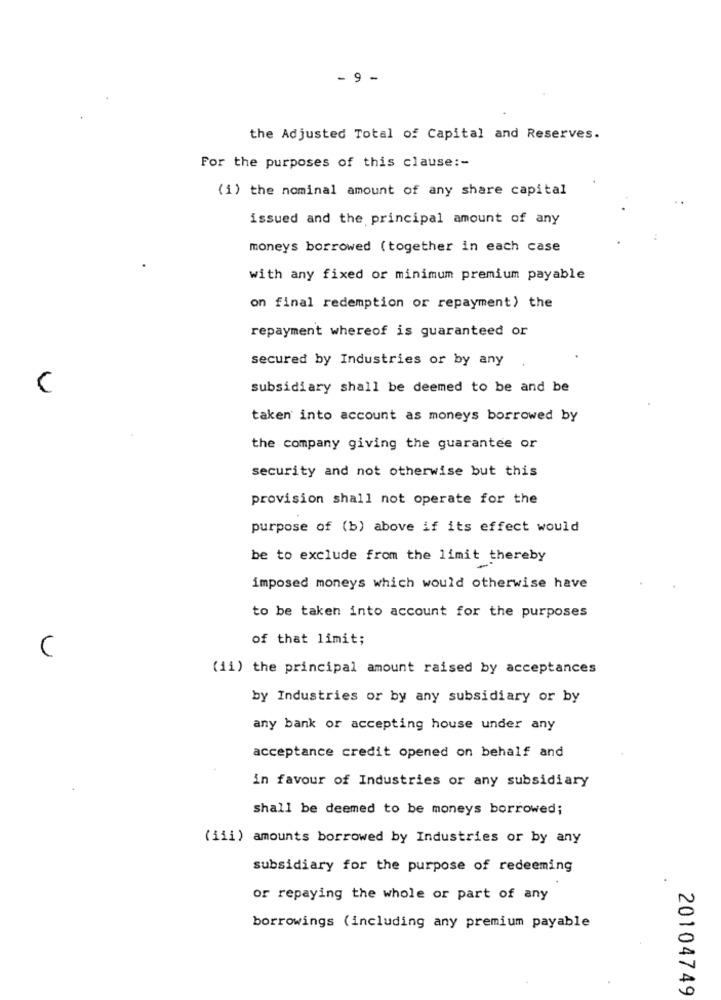
- 9 -
the Adjusted Total of Capital and Reserves.
For the purposes of this clause :-
(i) the nominal amount of any share capital
issued and the principal amount of any
moneys borrowed (together in each case
with any fixed or minimum premium payable
on final redemption or repayment) the
repayment whereof is guaranteed or
secured by Industries or by any
C
subsidiary shall be deemed to be and be
taken into account as moneys borrowed by
the company giving the guarantee or
security and not otherwise but this
provision shall not operate for the
purpose of (b) above if its effect would
be to exclude from the limit thereby
imposed moneys which would otherwise have
to be taken into account for the purposes
of that limit;
C
(ii) the principal amount raised by acceptances
by Industries or by any subsidiary or by
any bank or accepting house under any
acceptance credit opened on behalf and
in favour of Industries or any subsidiary
shall be deemed to be moneys borrowed;
(iii) amounts borrowed by Industries or by any
subsidiary for the purpose of redeeming
or repaying the whole or part of any
borrowings (including any premium payable
20104749